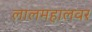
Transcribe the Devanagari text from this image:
लालमहालवर